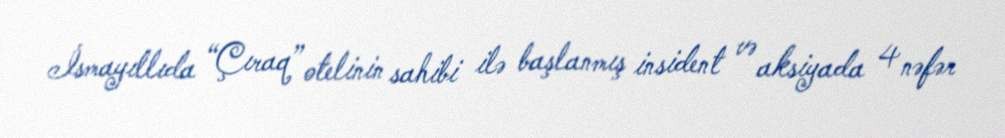
İsmayıllıda “Çıraq” otelinin sahibi ilə başlanmış insident və aksiyada 4 nəfər